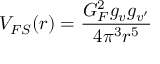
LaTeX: V _ { F S } ( r ) = { \frac { G _ { F } ^ { 2 } g _ { v } g _ { v ^ { \prime } } } { 4 \pi ^ { 3 } r ^ { 5 } } }